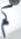
كم